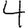
Digit: 4